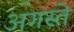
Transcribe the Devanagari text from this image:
अगस्ते